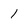
Character: l